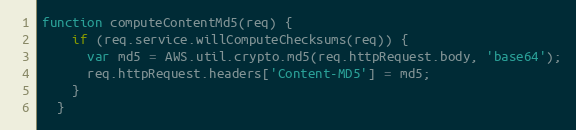
Language: JavaScript
function computeContentMd5(req) {
    if (req.service.willComputeChecksums(req)) {
      var md5 = AWS.util.crypto.md5(req.httpRequest.body, 'base64');
      req.httpRequest.headers['Content-MD5'] = md5;
    }
  }